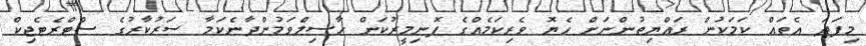
މިފަދަ އެތައް ކަމަކުން ރައްޔިތުންނަށް ހެޔޮ ވެރިކަމެއްގެ ފޮނިމީރުކަން ހާސިލްވަމުންދާނެކަމާ ސަރުކާރުގެ ސްޓްރެޓެޖިކް